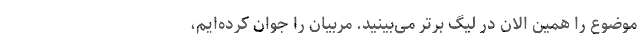
موضوع را همین الان در لیگ برتر می‌بینید. مربیان را جوان کرده‌ایم،